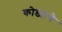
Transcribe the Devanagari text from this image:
कोड्याचे